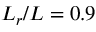
L _ { r } / L = 0 . 9